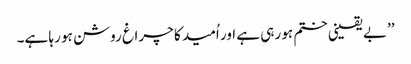
’’بے یقینی ختم ہو رہی ہے اور اُمید کا چراغ روشن ہو رہا ہے۔